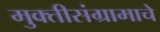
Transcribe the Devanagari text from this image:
मुक्तीसंग्रामाचे